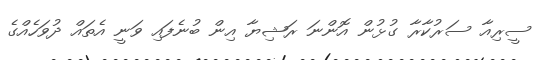
ސީރިއާ ސަރުކާރާ ގުޅުން އޮންނަ ރަޝިޔާ އިން ބުނެފައި ވަނީ އެތައް ދުވަހެއްގެ